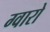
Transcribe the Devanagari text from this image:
ग्वारो